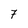
Character: 7